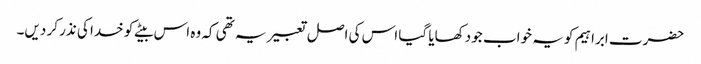
حضرت ابراہیم کو یہ خواب جو دکھایا گیا اس کی اصل تعبیر یہ تھی کہ وہ اس بیٹے کو خدا کی نذر کر دیں۔